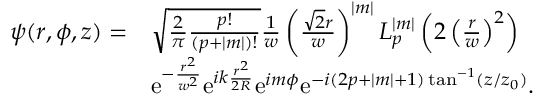
\begin{array} { r l } { \psi ( r , \phi , z ) = } & { \sqrt { \frac { 2 } { \pi } \frac { p ! } { ( p + | m | ) ! } } \frac { 1 } { w } \left( \frac { \sqrt { 2 } r } { w } \right) ^ { | m | } L _ { p } ^ { | m | } \left( 2 \left( \frac { r } { w } \right) ^ { 2 } \right) } \\ & { \mathrm { e } ^ { - \frac { r ^ { 2 } } { w ^ { 2 } } } \mathrm { e } ^ { i k \frac { r ^ { 2 } } { 2 R } } \mathrm { e } ^ { i m \phi } \mathrm { e } ^ { - i ( 2 p + | m | + 1 ) \tan ^ { - 1 } ( z / z _ { 0 } ) } . } \end{array}